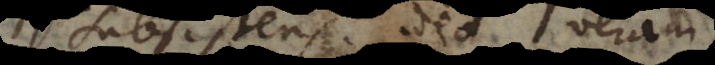
subsistens, ideo veram